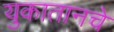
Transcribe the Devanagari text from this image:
युकातानचे